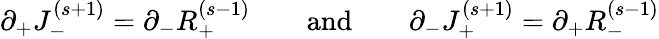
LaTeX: \partial_{+}J_{-}^{(s+1)}=\partial_{-}R_{+}^{(s-1)}\qquad\mathrm{{and}}\qquad\partial_{-}J_{+}^{(s+1)}=\partial_{+}R_{-}^{(s-1)}